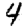
Digit: 4